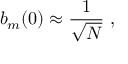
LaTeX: b _ { m } ( 0 ) \approx { \frac { 1 } { \sqrt { N } } } \ ,